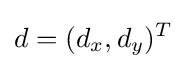
d=(d_{x},d_{y})^{T}